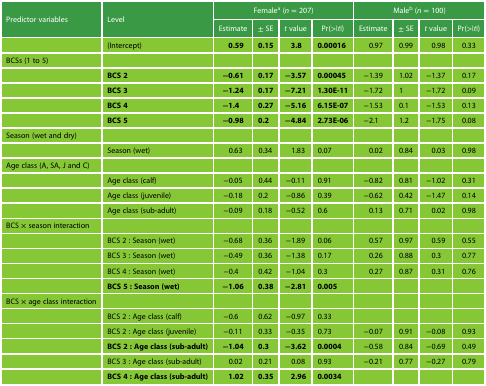
<table><thead><tr><td rowspan="2"><b>Predictor variables</b></td><td rowspan="2"><b>Level</b></td><td colspan="4"><b>Female<sup>a</sup> (<i>n</i> = 207)</b></td><td colspan="4"><b>Male<sup>b</sup> (<i>n</i> = 100)</b></td></tr><tr><td><b>Estimate</b></td><td><b>± SE</b></td><td><b><i>t</i> value</b></td><td><b>Pr(&gt;|<i>t</i>|)</b></td><td><b>Estimate</b></td><td><b>± SE</b></td><td><b><i>t</i> value</b></td><td><b>Pr(&gt;|<i>t</i>|)</b></td></tr></thead><tbody><tr><td></td><td>(Intercept)</td><td><b>0.59</b></td><td><b>0.15</b></td><td><b>3.8</b></td><td><b>0.00016</b></td><td>0.97</td><td>0.99</td><td>0.98</td><td>0.33</td></tr><tr><td>BCSs (1 to 5)</td><td></td><td></td><td></td><td></td><td></td><td></td><td></td><td></td><td></td></tr><tr><td></td><td><b>BCS 2</b></td><td><b>−0.61</b></td><td><b>0.17</b></td><td><b>−3.57</b></td><td><b>0.00045</b></td><td>−1.39</td><td>1.02</td><td>−1.37</td><td>0.17</td></tr><tr><td></td><td><b>BCS 3</b></td><td><b>−1.24</b></td><td><b>0.17</b></td><td><b>−7.21</b></td><td><b>1.30E-11</b></td><td>−1.72</td><td>1</td><td>−1.72</td><td>0.09</td></tr><tr><td></td><td><b>BCS 4</b></td><td><b>−1.4</b></td><td><b>0.27</b></td><td><b>−5.16</b></td><td><b>6.15E-07</b></td><td>−1.53</td><td>0.1</td><td>−1.53</td><td>0.13</td></tr><tr><td></td><td><b>BCS 5</b></td><td><b>−0.98</b></td><td><b>0.2</b></td><td><b>−4.84</b></td><td><b>2.73E-06</b></td><td>−2.1</td><td>1.2</td><td>−1.75</td><td>0.08</td></tr><tr><td>Season (wet and dry)</td><td></td><td></td><td></td><td></td><td></td><td></td><td></td><td></td><td></td></tr><tr><td></td><td>Season (wet)</td><td>0.63</td><td>0.34</td><td>1.83</td><td>0.07</td><td>0.02</td><td>0.84</td><td>0.03</td><td>0.98</td></tr><tr><td>Age class (A, SA, J and C)</td><td></td><td></td><td></td><td></td><td></td><td></td><td></td><td></td><td></td></tr><tr><td></td><td>Age class (calf)</td><td>−0.05</td><td>0.44</td><td>−0.11</td><td>0.91</td><td>−0.82</td><td>0.81</td><td>−1.02</td><td>0.31</td></tr><tr><td></td><td>Age class (juvenile)</td><td>−0.18</td><td>0.2</td><td>−0.86</td><td>0.39</td><td>−0.62</td><td>0.42</td><td>−1.47</td><td>0.14</td></tr><tr><td></td><td>Age class (sub-adult)</td><td>−0.09</td><td>0.18</td><td>−0.52</td><td>0.6</td><td>0.13</td><td>0.71</td><td>0.02</td><td>0.98</td></tr><tr><td>BCS × season interaction</td><td></td><td></td><td></td><td></td><td></td><td></td><td></td><td></td><td></td></tr><tr><td></td><td>BCS 2 : Season (wet)</td><td>−0.68</td><td>0.36</td><td>−1.89</td><td>0.06</td><td>0.57</td><td>0.97</td><td>0.59</td><td>0.55</td></tr><tr><td></td><td>BCS 3 : Season (wet)</td><td>−0.49</td><td>0.36</td><td>−1.38</td><td>0.17</td><td>0.26</td><td>0.88</td><td>0.3</td><td>0.77</td></tr><tr><td></td><td>BCS 4 : Season (wet)</td><td>−0.4</td><td>0.42</td><td>−1.04</td><td>0.3</td><td>0.27</td><td>0.87</td><td>0.31</td><td>0.76</td></tr><tr><td></td><td><b>BCS 5 : Season (wet)</b></td><td><b>−1.06</b></td><td><b>0.38</b></td><td><b>−2.81</b></td><td><b>0.005</b></td><td></td><td></td><td></td><td></td></tr><tr><td>BCS × age class interaction</td><td></td><td></td><td></td><td></td><td></td><td></td><td></td><td></td><td></td></tr><tr><td></td><td>BCS 2 : Age class (calf)</td><td>−0.6</td><td>0.62</td><td>−0.97</td><td>0.33</td><td></td><td></td><td></td><td></td></tr><tr><td></td><td>BCS 2 : Age class (juvenile)</td><td>−0.11</td><td>0.33</td><td>−0.35</td><td>0.73</td><td>−0.07</td><td>0.91</td><td>−0.08</td><td>0.93</td></tr><tr><td></td><td><b>BCS 2 : Age class (sub-adult)</b></td><td><b>−1.04</b></td><td><b>0.3</b></td><td><b>−3.62</b></td><td><b>0.0004</b></td><td>−0.58</td><td>0.84</td><td>−0.69</td><td>0.49</td></tr><tr><td></td><td>BCS 3 : Age class (sub-adult)</td><td>0.02</td><td>0.21</td><td>0.08</td><td>0.93</td><td>−0.21</td><td>0.77</td><td>−0.27</td><td>0.79</td></tr><tr><td></td><td><b>BCS 4 : Age class (sub-adult)</b></td><td><b>1.02</b></td><td><b>0.35</b></td><td><b>2.96</b></td><td><b>0.0034</b></td><td></td><td></td><td></td><td></td></tr></tbody></table>